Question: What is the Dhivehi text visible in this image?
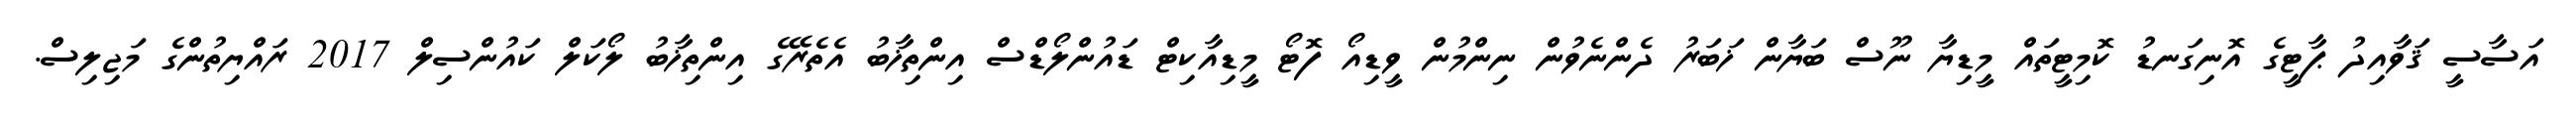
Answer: އަސާސީ ޤަވާއިދު ޕާޓީގެ އޮނިގަނޑު ކޮމިޓީތައް މީޑިޔާ ނޫސް ބަޔާން ޚަބަރު ދެންނެވުން ނިންމުން ވީޑިއޯ ފޮޓޯ މީޑިއާކިޓް ޑައުންލޯޑްސް އިންތިޚާބު އެތެރޭގެ އިންތިޚާބު ލޯކަލް ކައުންސިލް 2017 ރައްޔިތުންގެ މަޖިލިސް.